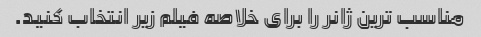
مناسب ترین ژانر را برای خلاصه فیلم زیر انتخاب کنید.